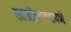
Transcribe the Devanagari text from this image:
खात्रीलायकपणे